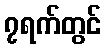
၇ရက်တွင်